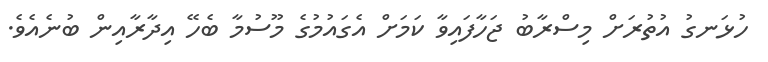
ހުޅަނގު އުތުރަށް މިސްރާބު ޖަހާފައިވާ ކަމަށް އެގައުމުގެ މޫސުމާ ބެހޭ އިދާރާއިން ބުނެއެވެ.